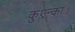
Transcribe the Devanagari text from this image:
कुएन्का।